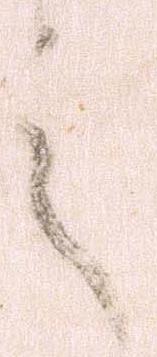
之